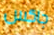
جاكس